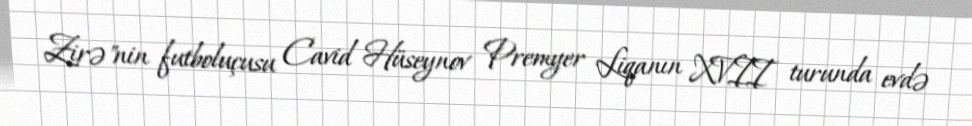
Zirə"nin futboluçusu Cavid Hüseynov Premyer Liqanın XVII turunda evdə